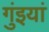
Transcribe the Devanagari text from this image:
गुंइयां